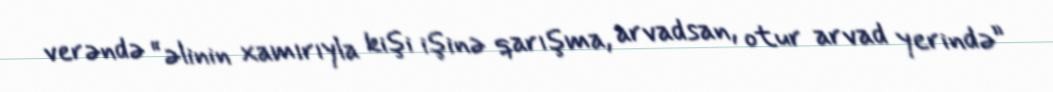
verəndə “əlinin xamırıyla kişi işinə qarışma, arvadsan, otur arvad yerində”